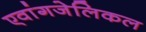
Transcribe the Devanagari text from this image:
एवांगजेलिकल